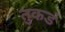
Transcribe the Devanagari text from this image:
तुकडं